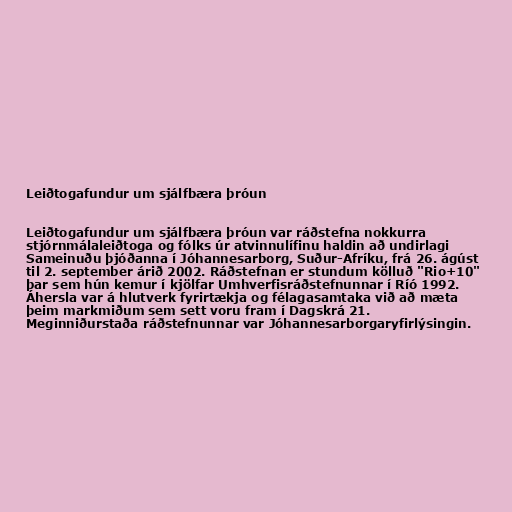
Leiðtogafundur um sjálfbæra þróun

Leiðtogafundur um sjálfbæra þróun var ráðstefna nokkurra
stjórnmálaleiðtoga og fólks úr atvinnulífinu haldin að undirlagi
Sameinuðu þjóðanna í Jóhannesarborg, Suður-Afríku, frá 26. ágúst
til 2. september árið 2002. Ráðstefnan er stundum kölluð "Rio+10"
þar sem hún kemur í kjölfar Umhverfisráðstefnunnar í Ríó 1992.
Áhersla var á hlutverk fyrirtækja og félagasamtaka við að mæta
þeim markmiðum sem sett voru fram í Dagskrá 21.
Meginniðurstaða ráðstefnunnar var Jóhannesarborgaryfirlýsingin.